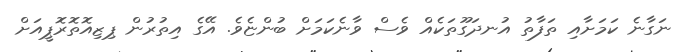
ނަގާނެ ކަމަށާއި ތަފާތު އުނދަގޫތަކެއް ވެސް ވާނެކަމަށް ބުންޏެވެ. އޭގެ އިތުރުން ޕިޒިއޮތޮރޮޕީއަށް